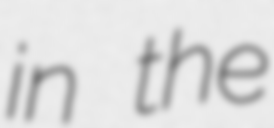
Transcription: in the